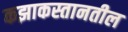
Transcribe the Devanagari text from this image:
कझाकस्तानतील